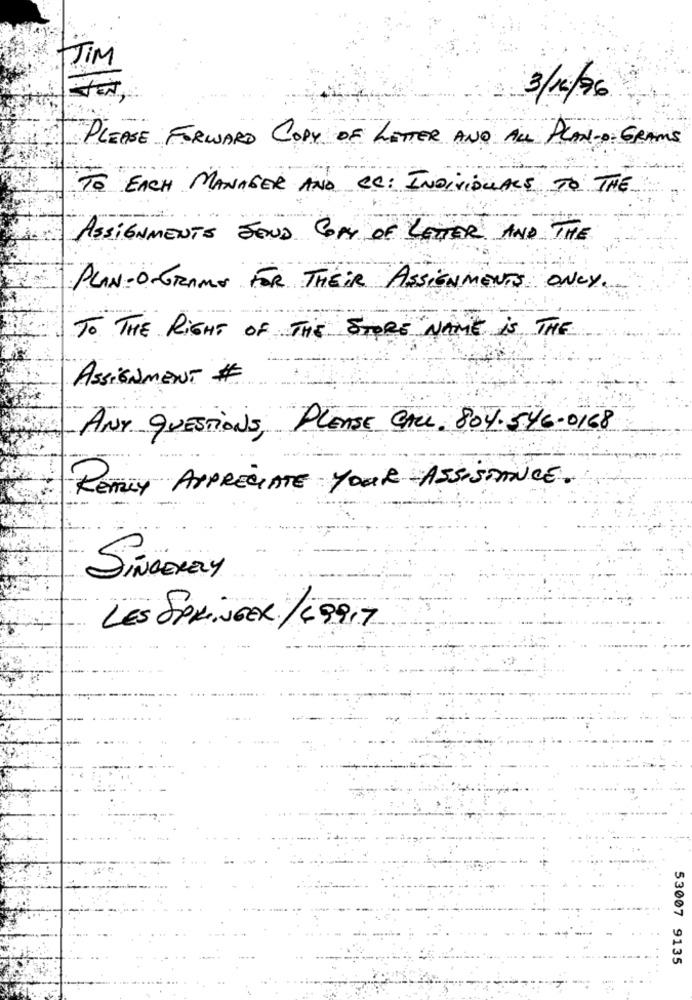
JIM
3/10/96
PLEASE FORWARD COPY OF LETTER AND ALL PLAN-D: GRAMS
TO EACH MANAGER AND CC: INDIVIDUALE TO THE
ASSIGNMENTS SEND COM OF LETTER AND THE
PLAN-O-GRAMS FOR THEIR ASSIGNMENTS ONLY.
TO THE RIGHT OF THE STORE NAME is THE
ASSIGNMENT #
ANY QUESTIONS, PLEASE CALL. 804.546-0168
REALLY APPRECIATE YOUR ASSISTANCE
SINCERELY
LES SPRINGER /19917
53007 9135